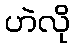
ဟဲလို